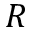
\boldsymbol { R }